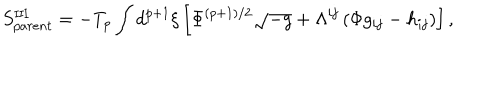
S _ { p a r e n t } ^ { \mathrm { I I I } } = - T _ { p } \int d ^ { p + 1 } { \xi } \left[ { \Phi } ^ { ( p + 1 ) / 2 } \sqrt { - g } + { \Lambda } ^ { i j } \left( { \Phi } g _ { i j } - h _ { i j } \right) \right] ,